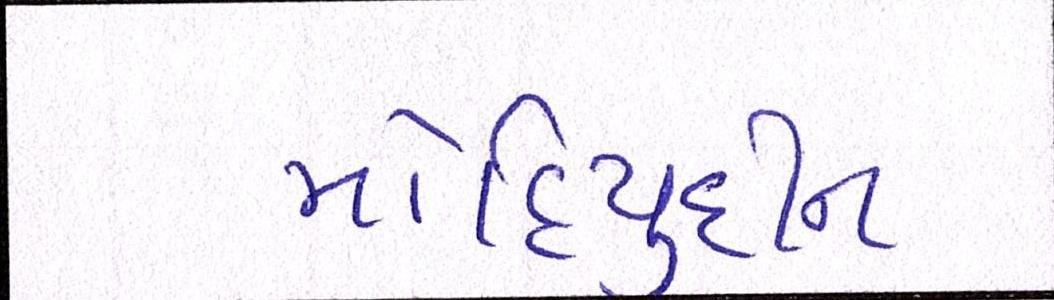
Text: મોહિયુદ્દીન